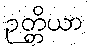
ဉတ္တိယာ